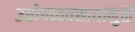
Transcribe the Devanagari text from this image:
उद्योगव्यवसायामुळे